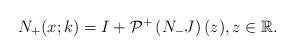
LaTeX: \begin{align*}N_+ (x;k)=I+ \mathcal{P}^+\left(N_- J \right)(z), z \in \mathbb{R}.\end{align*}